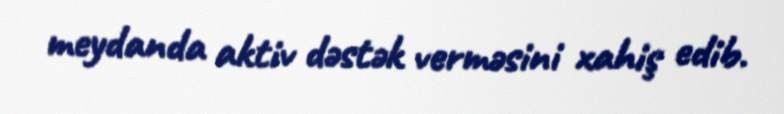
meydanda aktiv dəstək verməsini xahiş edib.